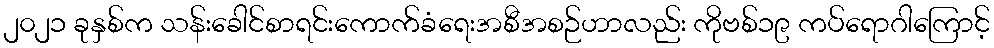
၂၀၂၁ ခုနှစ်က သန်းခေါင်စာရင်းကောက်ခံရေးအစီအစဉ်ဟာလည်း ကိုဗစ်၁၉ ကပ်ရောဂါကြောင့်